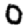
Digit: 0